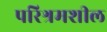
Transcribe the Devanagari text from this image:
परिश्रमशील